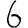
Digit: 6